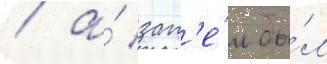
/ а́ зат'е́м бы́л